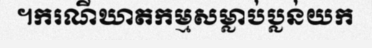
។ករណីឃាតកម្មសម្លាប់ប្លន់យក